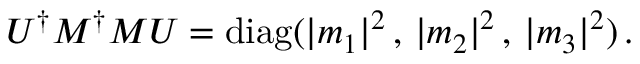
U ^ { \dagger } M ^ { \dagger } M U = \mathrm { d i a g } ( | m _ { 1 } | ^ { 2 } \, , \, | m _ { 2 } | ^ { 2 } \, , \, | m _ { 3 } | ^ { 2 } ) \, .